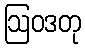
ဩဝဒတု